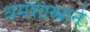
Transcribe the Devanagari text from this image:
धर्मशास्त्राने